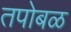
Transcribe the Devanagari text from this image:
तपोबळ